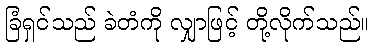
ခြံရှင်သည် ခဲတံကို လျှာဖြင့် တို့လိုက်သည်။